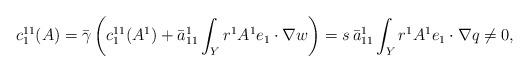
LaTeX: \begin{align*}c_1^{11}(A) = \bar{\gamma}\left( c_1^{11}(A^1) + \bar{a}_{11}^1 \int_Y r^1 A^1 e_1\cdot \nabla w\right) = s\,\bar{a}_{11}^1 \int_Y r^1 A^1 e_1\cdot \nabla q \neq 0,\end{align*}